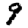
Digit: 9